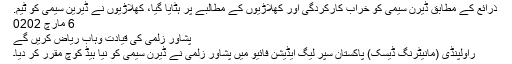
ذرائع کے مطابق ڈیرن سیمی کو خراب کارکردگی اور کھلاڑیوں کے مطالبے پر ہٹایا گیا، کھلاڑیوں نے ڈیرین سیمی کو ٹیم.
6 مارچ‬‮ 2020
پشاور زلمی کی قیادت وہاب ریاض کریں گے
راولپنڈی (مانیٹرنگ ڈیسک) پاکستان سپر لیگ ایڈیشن فائیو میں پشاور زلمی نے ڈیرن سیمی کو نیا ہیڈ کوچ مقرر کر دیا۔